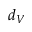
d _ { V }